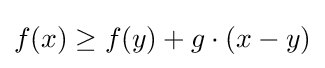
f(x)\geq f(y)+g\cdot (x-y)